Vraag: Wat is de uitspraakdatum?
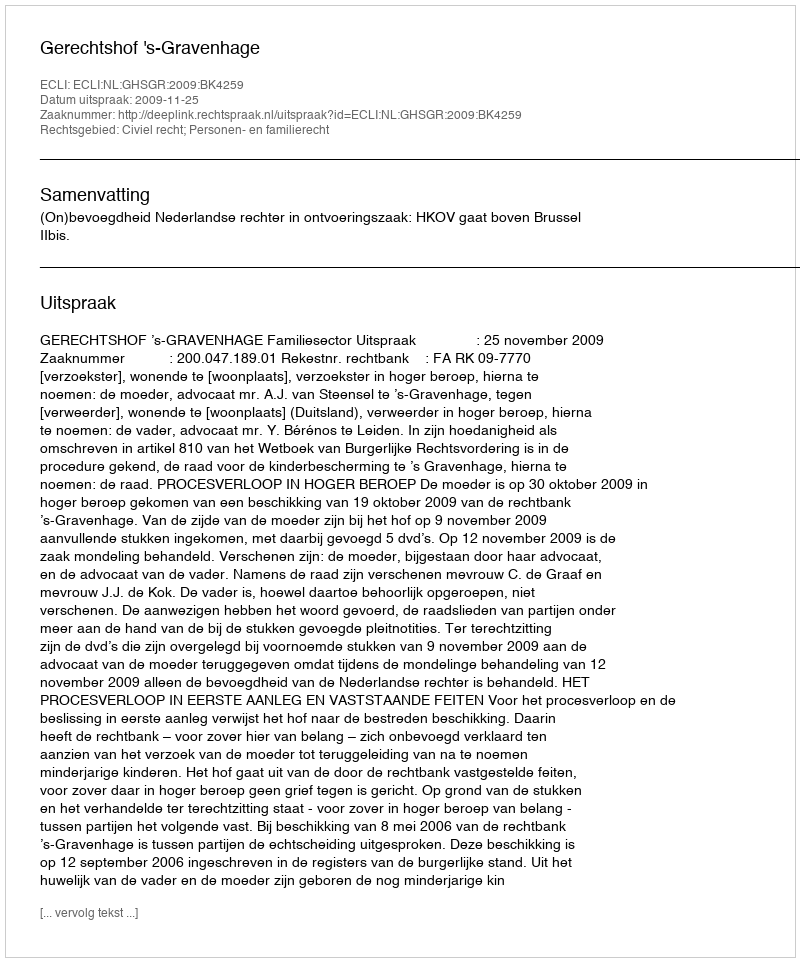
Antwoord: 2009-11-25